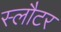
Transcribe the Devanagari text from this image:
स्लौटर